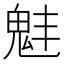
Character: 𩲗